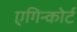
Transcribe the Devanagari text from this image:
एगिन्कोर्ट